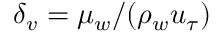
\delta _ { v } = \mu _ { w } / ( \rho _ { w } u _ { \tau } )